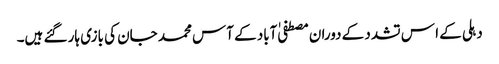
دہلی کے ا س تشدد کے دوران مصطفی ٰآباد کے آس محمد جان کی بازی ہار گئے ہیں۔